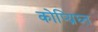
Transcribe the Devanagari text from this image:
कोप्य्रिघ्त